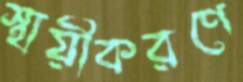
স্থায়ীকরণে